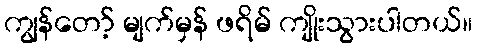
ကျွန်တော့် မျက်မှန် ဖရိမ် ကျိုးသွားပါတယ်။